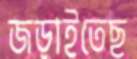
জড়াইতেছ